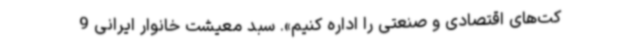
کت‌های اقتصادی و صنعتی را اداره کنیم». سبد معیشت خانوار ایرانی 9‌